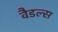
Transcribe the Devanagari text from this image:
वैडल्स